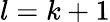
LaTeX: l=k+1